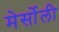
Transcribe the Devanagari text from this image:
मेर्सोली